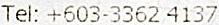
TEL: +603-3362 4137